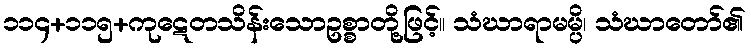
၁၁၄+၁၁၅+ကုဋေတသိန်းသောဥစ္စာတို့ဖြင့်။ သံဃာရာမမ္ပိ၊ သံဃာတော်၏